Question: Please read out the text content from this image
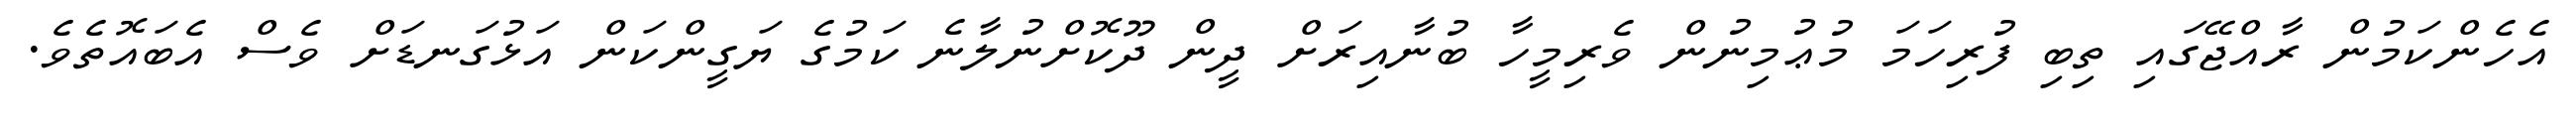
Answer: އެހެންކަމުން ރާއްޖޭގައި ތިބި ފުރިހަމަ މުޢުމިނުން ވެރިމީހާ ބުނާއިރަށް ދީން ދޫކޮށްނުލާނެ ކަމުގެ ޔަގީންކަން އަޅުގަނޑަށް ވެސް އެބައޮތެވެ.